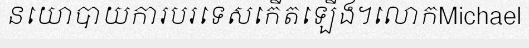
នយោបាយការបរទេសកើតឡើង។លោកMichael